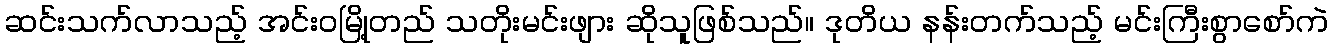
ဆင်းသက်လာသည့် အင်းဝမြို့တည် သတိုးမင်းဖျား ဆိုသူဖြစ်သည်။ ဒုတိယ နန်းတက်သည့် မင်းကြီးစွာစော်ကဲ